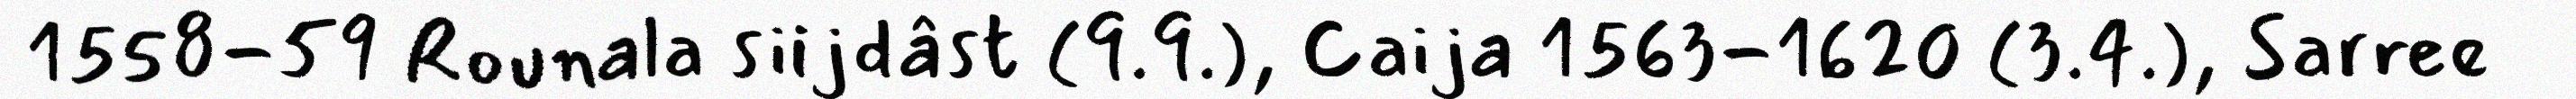
1558-59 Rounala siijdâst (9.9.), Caija 1563-1620 (3.4.), Sarree